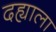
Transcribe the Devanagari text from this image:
दह्याला